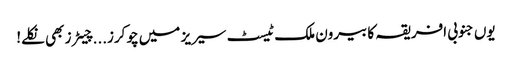
یوں جنوبی افریقہ کا بیرون ملک ٹیسٹ سیریز میں چوکرز...چیٹرز بھی نکلے!